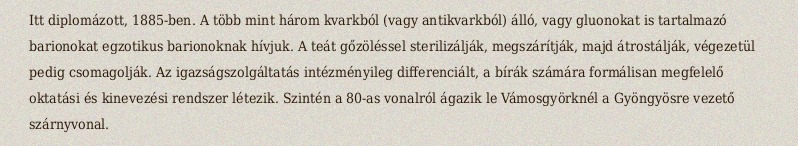
Itt diplomázott, 1885-ben. A több mint három kvarkból (vagy antikvarkból) álló, vagy gluonokat is tartalmazó barionokat egzotikus barionoknak hívjuk. A teát gőzöléssel sterilizálják, megszárítják, majd átrostálják, végezetül pedig csomagolják. Az igazságszolgáltatás intézményileg differenciált, a bírák számára formálisan megfelelő oktatási és kinevezési rendszer létezik. Szintén a 80-as vonalról ágazik le Vámosgyörknél a Gyöngyösre vezető szárnyvonal.